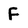
Character: F